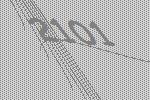
2101